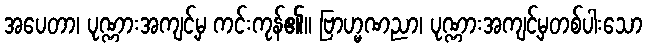
အပေတာ၊ ပုဏ္ဏားအကျင့်မှ ကင်းကုန်၏။ ဗြာဟ္မဏညာ၊ ပုဏ္ဏားအကျင့်မှတစ်ပါးသော